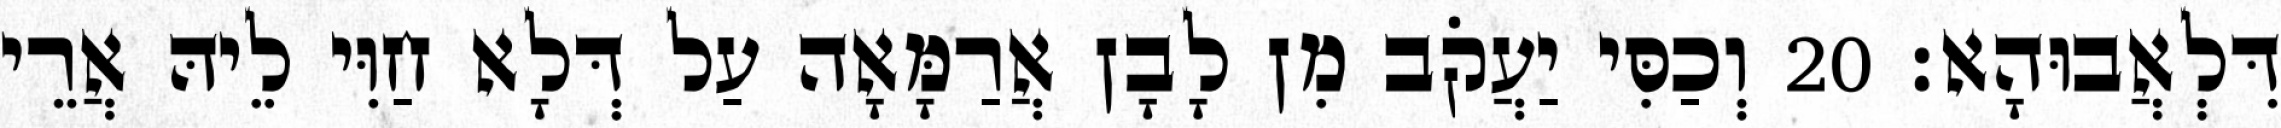
דִּלְאֲבוּהָא׃ 20 וְכַסִּי יַעֲקֹב מִן לָבָן אֲרַמָּאָה עַל דְּלָא חַוִּי לֵיהּ אֲרֵי